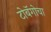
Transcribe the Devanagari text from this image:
टोबॅगोचा